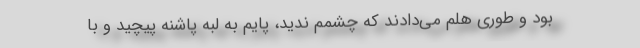
بود و طوری هلم می‌دادند که چشمم ندید، پایم به لبه پاشنه پیچید و با